Annual report of the Punjab Veterinary College and of the Civil Veterinary Department, Punjab - 1920-1925
Year: 1920
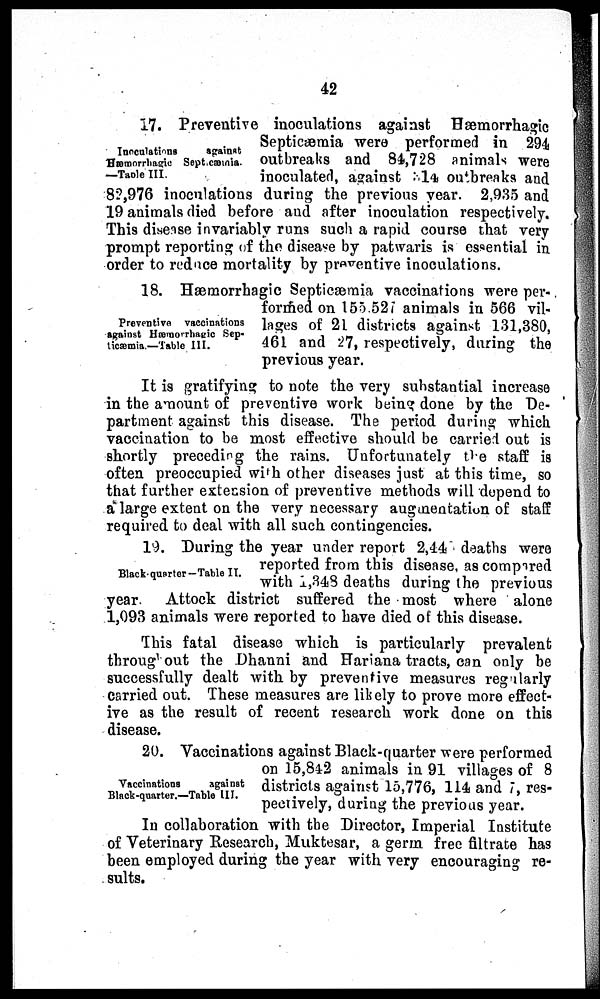
42
Inoculations
against
Hæmorrhagic Septicæmia.
—Table III.
17. Preventive inoculations against Hæmorrhagic
Septicæmia were performed in 294
outbreaks and 84,728 animals were
inoculated, against 314 outbreaks and
82,976 inoculations during the previous year. 2,935 and
19 animals died before and after inoculation respectively.
This disease invariably runs such a rapid course that very
prompt reporting of the disease by patwaris is essential in
order to reduce mortality by preventive inoculations.
Preventive vaccinations
against Hæmorrhagic Sep-
ticæmia.—Table III.
18. Hæmorrhagic Septicæmia vaccinations were per-
formed on 155,527 animals in 566 vil-
lages of 21 districts against 131,380,
461 and 27, respectively, during the
previous year.
It is gratifying to note the very substantial increase
in the amount of preventive work being done by the De-
partment against this disease. The period during which
vaccination to be most effective should be carried out is
shortly preceding the rains. Unfortunately the staff is
often preoccupied with other diseases just at this time, so
that further extension of preventive methods will depend to
a large extent on the very necessary augmentation of staff
required to deal with all such contingencies.
Black-quarter—Table II.
19. During the year under report 2,44 deaths were
reported from this disease, as compared
with 1,348 deaths during the previous
year. Attock district suffered the most where alone
1,093 animals were reported to have died of this disease.
This fatal disease which is particularly prevalent
throughout the Dhanni and Hariana tracts, can only be
successfully dealt with by preventive measures regularly
carried out. These measures are likely to prove more effect-
ive as the result of recent research work done on this
disease.
Vaccinations
against
Black-quarter.—Table III.
20. Vaccinations against Black-quarter were performed
on 15,842 animals in 91 villages of 8
districts against 15,776, 114 and 7, res-
pectively, during the previous year.
In collaboration with the Director, Imperial Institute
of Veterinary Research, Muktesar, a germ free filtrate has
been employed during the year with very encouraging re-
sults.